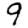
Digit: 9